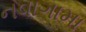
નવાગામા